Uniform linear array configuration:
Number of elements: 4
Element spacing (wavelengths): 0.25
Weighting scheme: uniform
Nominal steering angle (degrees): -30
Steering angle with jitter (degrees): -31.006
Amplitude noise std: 0.05
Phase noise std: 0.05

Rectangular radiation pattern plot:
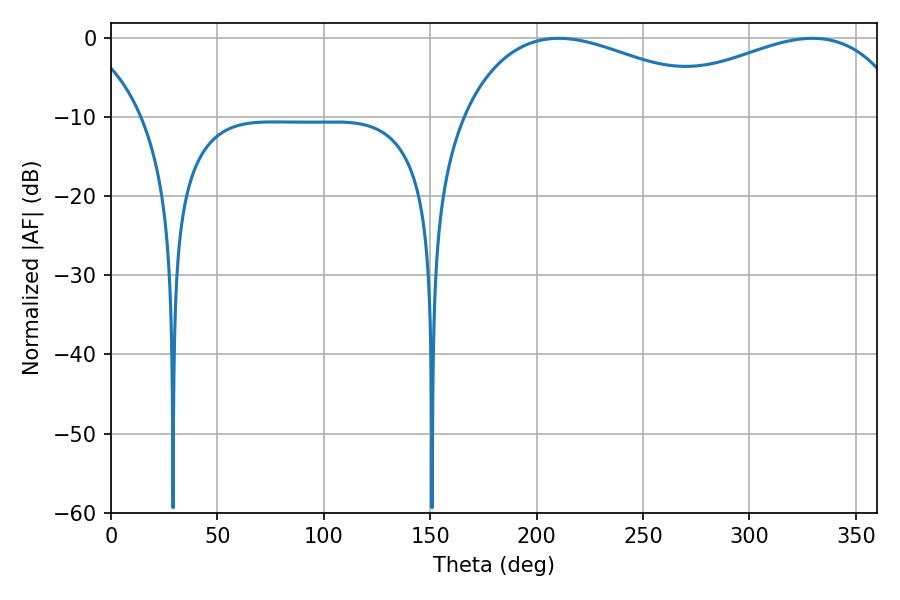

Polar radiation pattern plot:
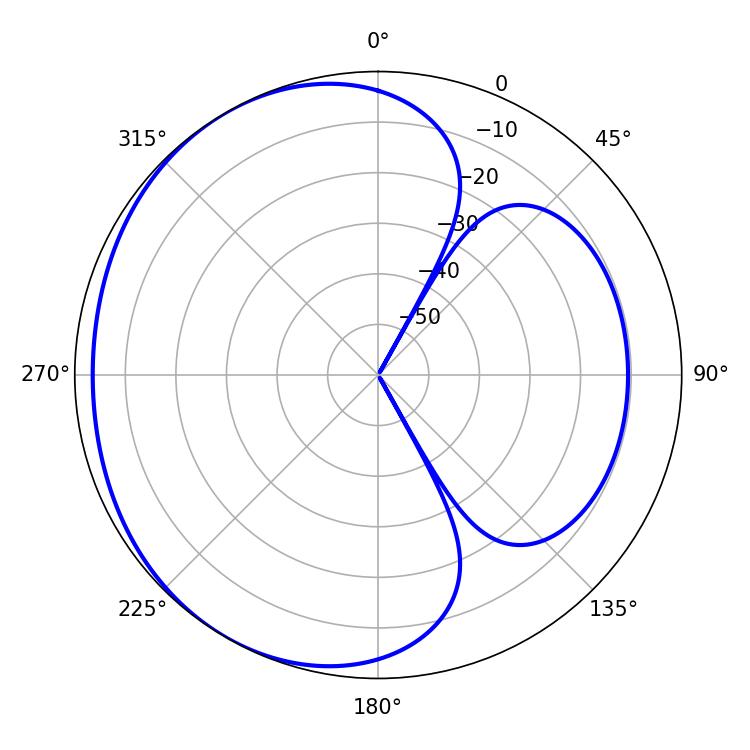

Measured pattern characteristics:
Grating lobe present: FALSE
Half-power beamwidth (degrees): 71.46
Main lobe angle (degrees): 210.42